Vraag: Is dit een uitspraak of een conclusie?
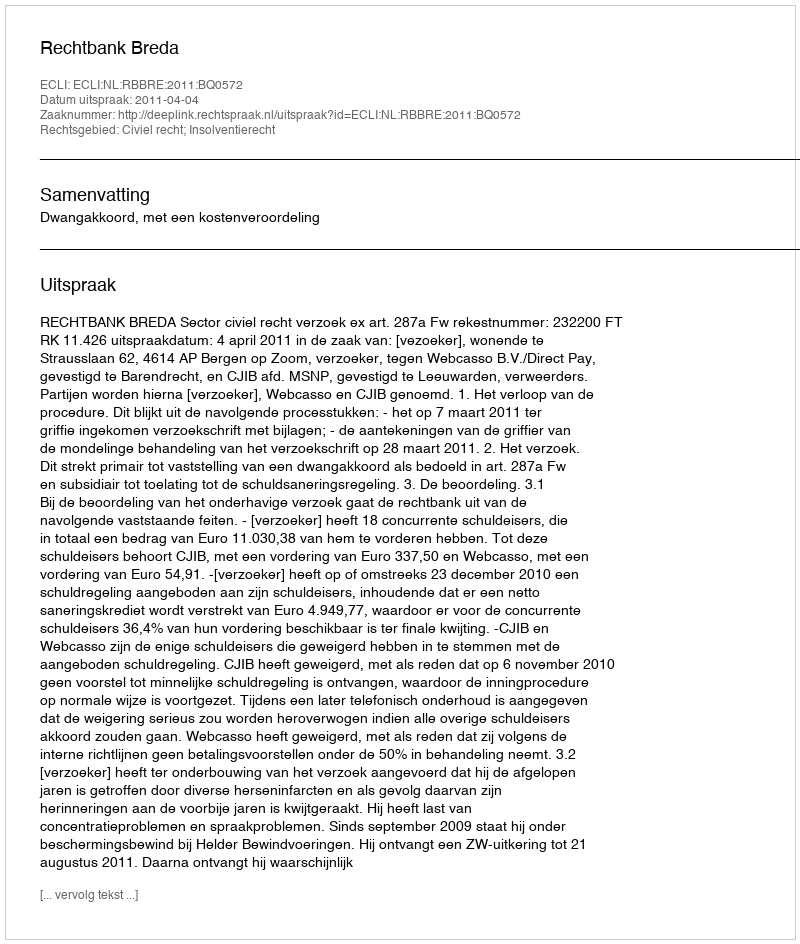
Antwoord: Uitspraak